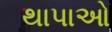
થાપાઓ